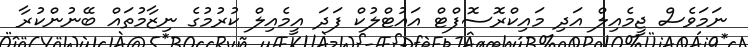
ނަމަވެސް ޖީމެއިލް އަދި މައިކްރޮސޮފްޓް އައުޓްލުކް ފަދަ އީމެއިލް ކުރުމުގެ ނިޒާމުތައް ބޭނުންކުރާ